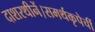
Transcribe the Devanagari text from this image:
दाशरथीनें।समर्थकृपेचीं